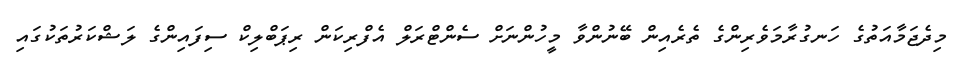
މިދެޖަމާއަތުގެ ހަނގުރާމަވެރިންގެ ތެރެއިން ބޭނުންވާ މީހުންނަށް ސެންޓްރަލް އެފްރިކަން ރިޕަބްލިކް ސިފައިންގެ ލަޝްކަރުތަކުގައި